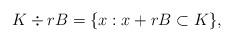
LaTeX: \begin{align*}K\div rB=\{x:x+rB\subset K\},\end{align*}